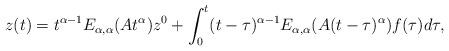
LaTeX: \begin{align*}z(t)=t^{\alpha-1} E_{\alpha,\alpha}(At^\alpha)z^0 + \int_{0}^{t}(t-\tau)^{\alpha-1} E_{\alpha,\alpha}(A(t-\tau)^\alpha) f(\tau) d\tau,\end{align*}